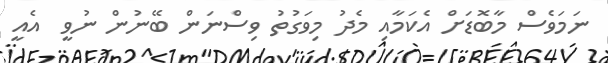
ނަމަވެސް މާބޮޑަށް އެކަމާއި މެދު މިވަގުތު ވިސްނަން ބޭނުން ނުވީ  އެއީ